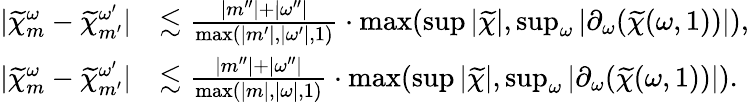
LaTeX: \begin{array}{rl}{|\widetilde{\chi}_{m}^{\omega}-\widetilde{\chi}_{m^{\prime}}^{\omega^{\prime}}|}&{\lesssim\frac{|m^{\prime\prime}|+|\omega^{\prime\prime}|}{\operatorname*{max}(|m^{\prime}|,|\omega^{\prime}|,1)}\cdot\operatorname*{max}(\operatorname*{sup}|\widetilde{\chi}|,\operatorname*{sup}_{\omega}|\partial_{\omega}(\widetilde{\chi}(\omega,1))|),}\\ {|\widetilde{\chi}_{m}^{\omega}-\widetilde{\chi}_{m^{\prime}}^{\omega^{\prime}}|}&{\lesssim\frac{|m^{\prime\prime}|+|\omega^{\prime\prime}|}{\operatorname*{max}(|m|,|\omega|,1)}\cdot\operatorname*{max}(\operatorname*{sup}|\widetilde{\chi}|,\operatorname*{sup}_{\omega}|\partial_{\omega}(\widetilde{\chi}(\omega,1))|).}\end{array}